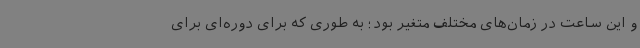
و این ساعت در زمان‌های مختلف متغیر بود؛ به طوری که برای دوره‌ای برای